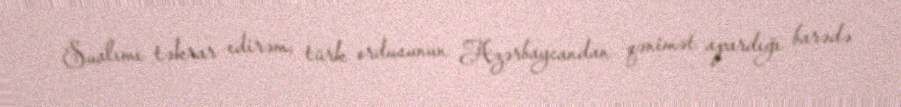
Sualımı təkrar edirəm, türk ordusunun Azərbaycandan qənimət apardığı barədə